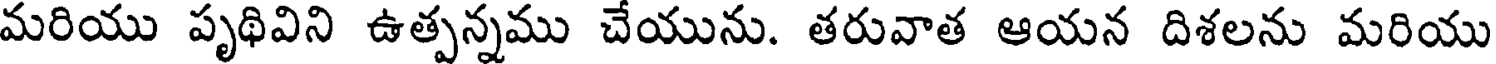
మరియు పృథివిని ఉత్పన్నము చేయును. తరువాత ఆయన దిశలను మరియు